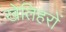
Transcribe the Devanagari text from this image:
खेतिहरों